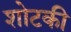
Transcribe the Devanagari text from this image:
शोटकी